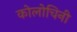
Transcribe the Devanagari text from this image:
कोलोचिनी